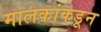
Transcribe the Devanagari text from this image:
मालकांकडून